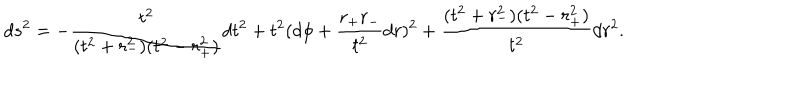
LaTeX: d s ^ { 2 } = - \frac { t ^ { 2 } } { ( t ^ { 2 } + r _ { - } ^ { 2 } ) ( t ^ { 2 } - r _ { + } ^ { 2 } ) } d t ^ { 2 } + t ^ { 2 } ( d \phi + \frac { r _ { + } r _ { - } } { t ^ { 2 } } d r ) ^ { 2 } + \frac { ( t ^ { 2 } + r _ { - } ^ { 2 } ) ( t ^ { 2 } - r _ { + } ^ { 2 } ) } { t ^ { 2 } } d r ^ { 2 } .